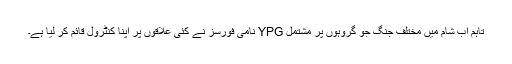
تاہم اب شام میں مختلف جنگ جو گروہوں پر مشتمل YPG نامی فورسز نے کئی علاقوں پر اپنا کنٹرول قائم کر لیا ہے۔